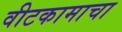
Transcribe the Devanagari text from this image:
वीटकामाचा